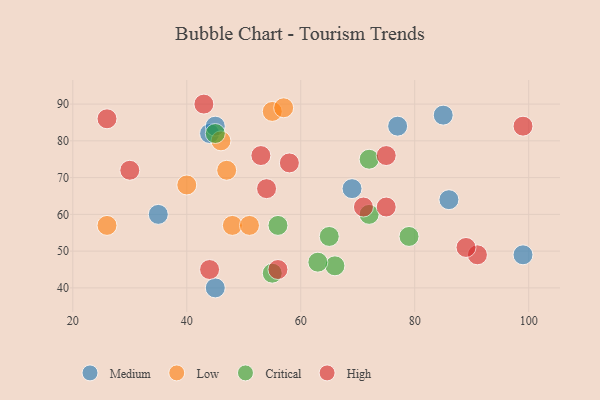
{"axis": {"x": "GDP", "y": "Life Expectancy"}, "legend": ["Critical", "High", "Low", "Medium"], "data": [{"x": "44", "y": 82, "type": "Medium"}, {"x": "45", "y": 84, "type": "Medium"}, {"x": "86", "y": 64, "type": "Medium"}, {"x": "35", "y": 60, "type": "Medium"}, {"x": "85", "y": 87, "type": "Medium"}, {"x": "69", "y": 67, "type": "Medium"}, {"x": "77", "y": 84, "type": "Medium"}, {"x": "45", "y": 40, "type": "Medium"}, {"x": "99", "y": 49, "type": "Medium"}, {"x": "55", "y": 88, "type": "Low"}, {"x": "26", "y": 57, "type": "Low"}, {"x": "40", "y": 68, "type": "Low"}, {"x": "46", "y": 80, "type": "Low"}, {"x": "57", "y": 89, "type": "Low"}, {"x": "48", "y": 57, "type": "Low"}, {"x": "51", "y": 57, "type": "Low"}, {"x": "47", "y": 72, "type": "Low"}, {"x": "65", "y": 54, "type": "Critical"}, {"x": "79", "y": 54, "type": "Critical"}, {"x": "66", "y": 46, "type": "Critical"}, {"x": "45", "y": 82, "type": "Critical"}, {"x": "63", "y": 47, "type": "Critical"}, {"x": "56", "y": 57, "type": "Critical"}, {"x": "72", "y": 75, "type": "Critical"}, {"x": "55", "y": 44, "type": "Critical"}, {"x": "72", "y": 60, "type": "Critical"}, {"x": "56", "y": 45, "type": "High"}, {"x": "53", "y": 76, "type": "High"}, {"x": "91", "y": 49, "type": "High"}, {"x": "54", "y": 67, "type": "High"}, {"x": "30", "y": 72, "type": "High"}, {"x": "43", "y": 90, "type": "High"}, {"x": "71", "y": 62, "type": "High"}, {"x": "44", "y": 45, "type": "High"}, {"x": "89", "y": 51, "type": "High"}, {"x": "58", "y": 74, "type": "High"}, {"x": "75", "y": 62, "type": "High"}, {"x": "26", "y": 86, "type": "High"}, {"x": "99", "y": 84, "type": "High"}, {"x": "75", "y": 76, "type": "High"}]}